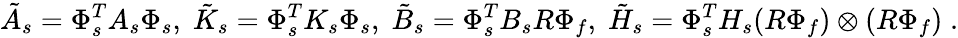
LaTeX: \tilde{A}_{s}=\Phi_{s}^{T}A_{s}\Phi_{s},\; \tilde{K}_{s}=\Phi_{s}^{T}K_{s}\Phi_{s},\; \tilde{B}_{s}=\Phi_{s}^{T}B_{s}R\Phi_{f},\; \tilde{H}_{s}=\Phi_{s}^{T}H_{s}(R\Phi_{f})\otimes(R\Phi_{f})\; .